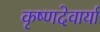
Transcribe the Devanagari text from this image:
कृष्णदेवार्या